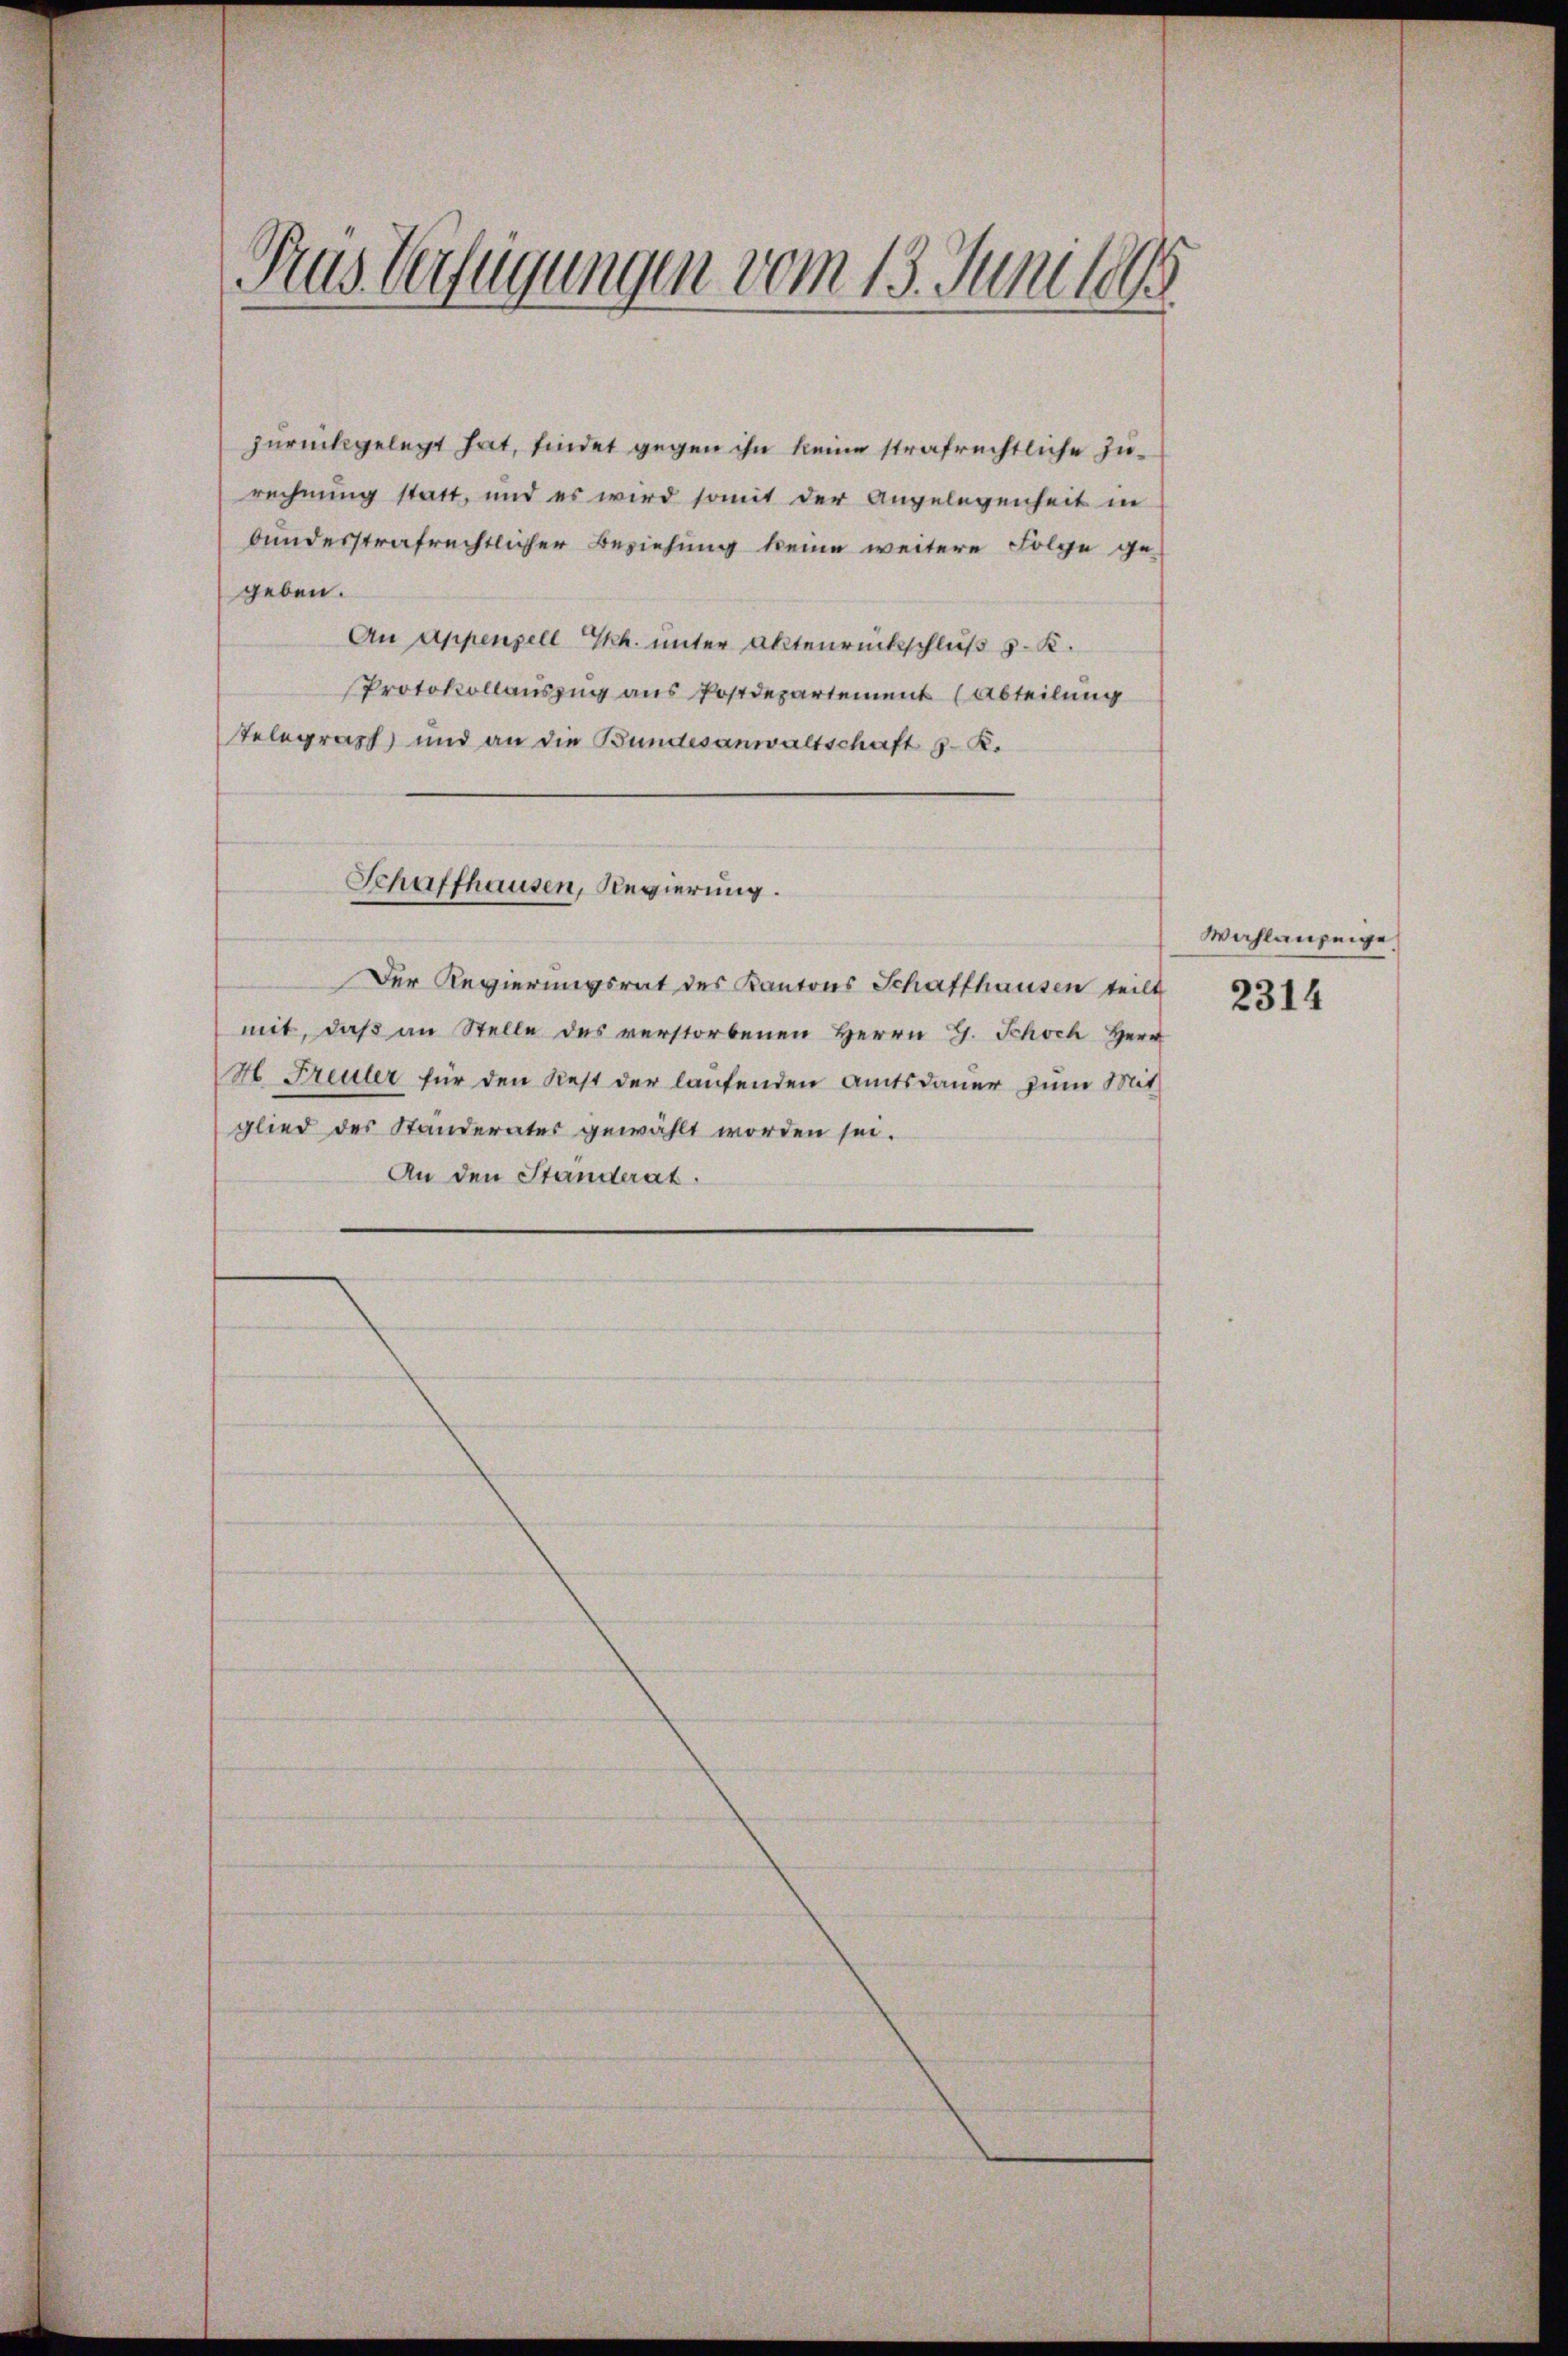
Pras Verfügungen vom 13. Juni 1898

zurückgelegt hat, findet gegen ihn keine strafrechtliche Zurechnung statt, und es wird somit der Angelegenheit in
bundesstrafrechtlicher Beziehung keine weitere Folge ge-
geben.
An Appenzell Gkk. unter Aktenrückschluß v. K.
Protokollauszug aus Postdepartement (Abteilung
Telegraph und an die Bundesanwaltschaft 3. K.
Schaffhausen, Regierung.
Der Regierungsrat des Kantons Schaffhausen teilt
mit, daß an Stelle des verstorbenen Herrn G. Schoch Herr
H. Freuler für den Rest der laufenden Amtsdauer zum Mitglied des Standerates gewählt worden sei.
An den Standerat.

Wahlanzeige

2314